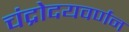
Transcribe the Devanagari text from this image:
चंद्रोदयवर्णन